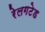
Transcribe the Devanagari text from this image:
रेलगटेड